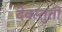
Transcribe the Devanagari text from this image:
देवस्तुती